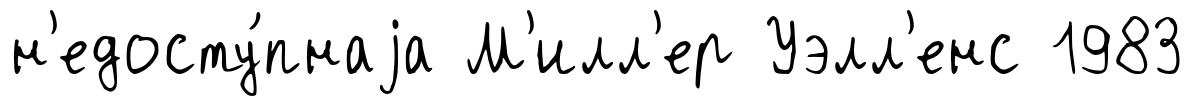
н'едосту́пнаjа М'илл'ер Уэлл'енс 1983